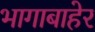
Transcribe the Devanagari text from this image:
भागाबाहेर